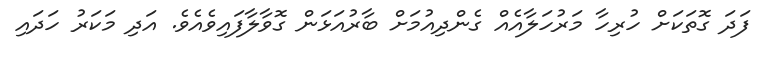
ފަދަ ގޮތަކަށް ހުރިހާ މަރުހަލާއެއް ގެންދިއުމަށް ބާރުއަޅަން ގޮވާލާފައިވެއެވެ. އަދި މަކަރު ހަދައި